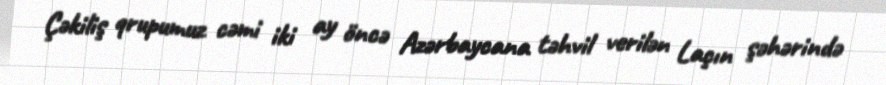
Çəkiliş qrupumuz cəmi iki ay öncə Azərbaycana təhvil verilən Laçın şəhərində